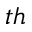
^ { t h }